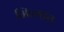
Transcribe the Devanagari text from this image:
भिन्गारा